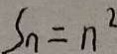
S _ { n } = n ^ { 2 }